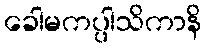
ခေါမကပ္ပါသိကာနိ